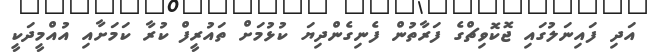
އަދި ފައިނަލުގައި ޖޮކޮވިޗްގެ ފަރާތުން ފެނިގެންދިޔަ ކުޅުމަށް ތައުރީފް ކުރާ ކަމަށާއި އުއްމީދަކީ